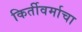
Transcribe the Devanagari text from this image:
किर्तीवर्माचा